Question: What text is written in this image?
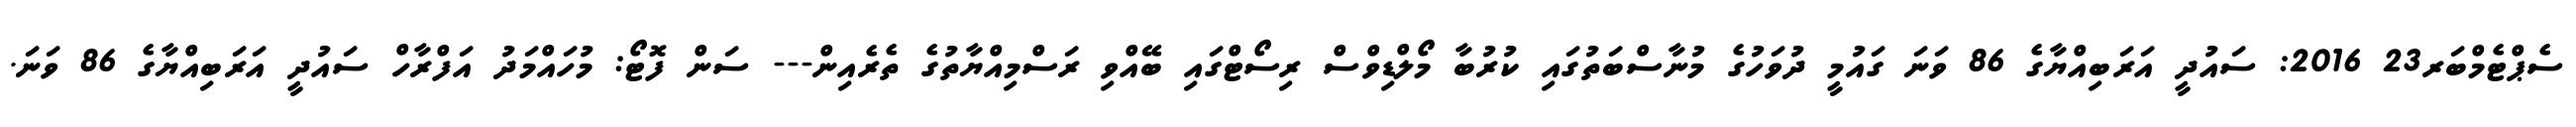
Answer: ސެޕްޓެމްބަރ23 2016: ސައުދީ އަރަބިއްޔާގެ 86 ވަނަ ގައުމީ ދުވަހުގެ މުނާސްބަތުގައި ކުރުބާ މޯލްޑިވްސް ރިސޯޓްގައި ބޭއްވި ރަސްމިއްޔާތުގެ ތެރެއިން--- ސަން ފޮޓޯ: މުހައްމަދު އަފްރާހް ސައުދީ އަރަބިއްޔާގެ 86 ވަނަ.